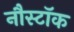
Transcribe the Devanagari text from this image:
नौस्टॉक